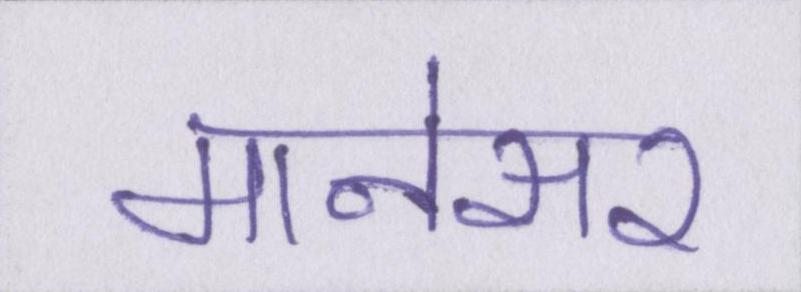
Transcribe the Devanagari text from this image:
मानेसर